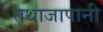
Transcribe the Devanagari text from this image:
तथाजापानी